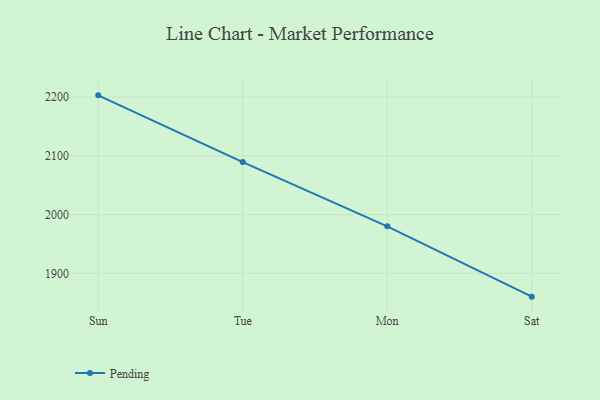
{"axis": {"x": "Day", "y": "Production Output"}, "legend": ["Pending"], "data": [{"x": "Sun", "y": 2203.0, "type": "Pending"}, {"x": "Tue", "y": 2089.4, "type": "Pending"}, {"x": "Mon", "y": 1980.1, "type": "Pending"}, {"x": "Sat", "y": 1860.4, "type": "Pending"}]}